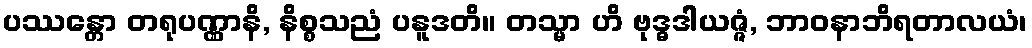
ပဿန္တော တရုပဏ္ဏာနိ, နိစ္စသညံ ပနူဒတိ။ တသ္မာ ဟိ ဗုဒ္ဓဒါယဇ္ဇံ, ဘာဝနာဘိရတာလယံ၊